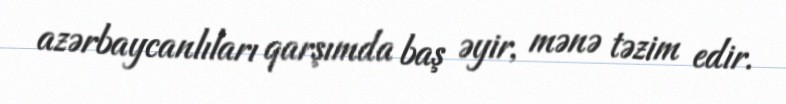
azərbaycanlıları qarşımda baş əyir, mənə təzim edir.